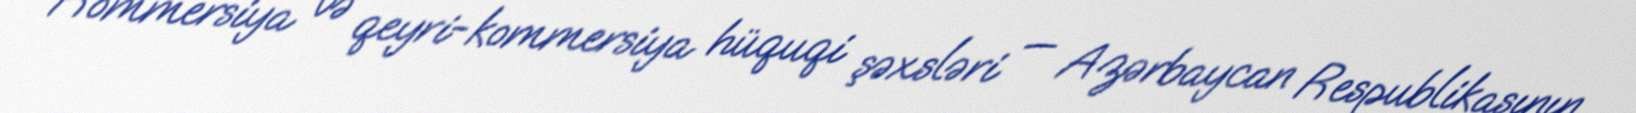
Kommersiya və qeyri-kommersiya hüquqi şəxsləri — Azərbaycan Respublikasının